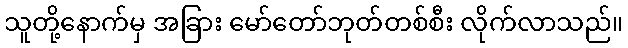
သူတို့နောက်မှ အခြား မော်တော်ဘုတ်တစ်စီး လိုက်လာသည်။